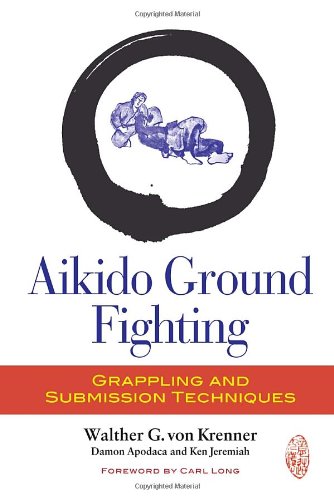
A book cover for Aikido Ground Fighting: Grappling and Submission Techniques; Walther G. Von Krenner; Religion & Spirituality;